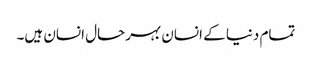
تمام دنیا کے انسان بہرحال انسان ہیں۔